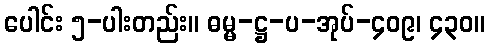
ပေါင်း ၅-ပါးတည်း။ ဓမ္မ-ဋ္ဌ-ပ-အုပ်-၄၀၉၊ ၄၃၀။